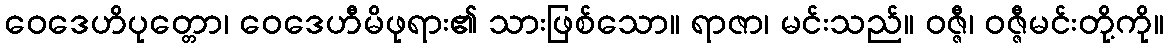
ဝေဒေဟိပုတ္တော၊ ဝေဒေဟီမိဖုရား၏ သားဖြစ်သော။ ရာဇာ၊ မင်းသည်။ ဝဇ္ဇီ၊ ဝဇ္ဇီမင်းတို့ကို။